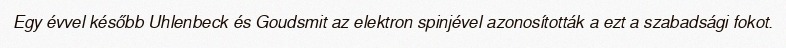
Egy évvel később Uhlenbeck és Goudsmit az elektron spinjével azonosították a ezt a szabadsági fokot.